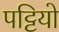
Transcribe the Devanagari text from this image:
पट्टियो